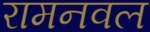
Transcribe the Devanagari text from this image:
रामनवल